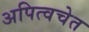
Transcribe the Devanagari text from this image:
अपित्वचेत